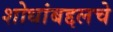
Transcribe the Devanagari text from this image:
शोधांबद्दलचे